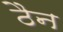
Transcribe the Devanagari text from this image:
ठैन